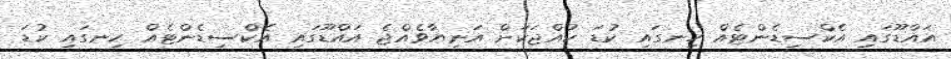
އައްޑޫގައި އެކްސިޑެންޓެއް ހިނގައި ކުޑަ ކުއްޖަކަށް އަނިޔާވެއްޖެ އައްޑޫގައި އެކްސިޑެންޓެއް ހިނގައި ކުޑަ